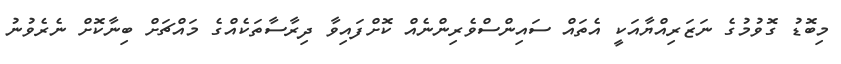
މިބޮޑު ގޮވުމުގެ ނަޒަރިއްޔާއަކީ އެތައް ސައިންސްވެރިންނެއް ކޮށްފައިވާ ދިރާސާތަކެއްގެ މައްޗަށް ބިނާކޮށް ނެރެވުނު